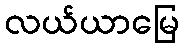
လယ်ယာမြေ